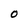
Character: 0